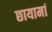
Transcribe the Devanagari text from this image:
छायामां